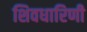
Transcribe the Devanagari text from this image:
शिवधारिणी